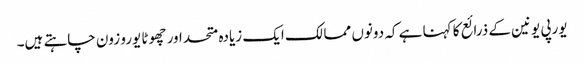
یورپی یونین کے ذرائع کا کہنا ہے کہ دونوں ممالک ایک زیادہ متحد اور چھوٹا یورو زون چاہتے ہیں۔